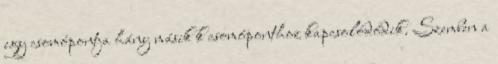
egy csomópontja hány másik k csomóponthoz kapcsolódódik. Szemben a